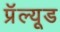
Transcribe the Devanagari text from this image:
प्रॅल्यूड